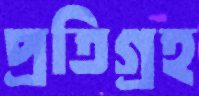
প্রতিগ্রহ